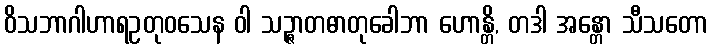
ဝိသဘာဂါဟာရဥတုဝသေန ဝါ သဉ္ဇာတဓာတုခေါဘာ ဟောန္တိ, တဒါ အန္တော သီသတော